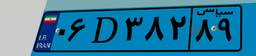
۸۶D۳۶۹۵۷